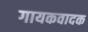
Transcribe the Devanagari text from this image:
गायकवादक